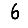
Digit: 6